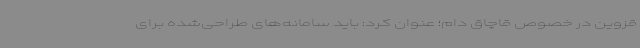
قزوین در خصوص قاچاق دام؛ عنوان کرد: باید سامانه‌های طراحی‌شده برای